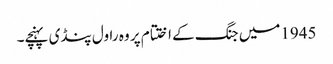
1945میں جنگ کے اختتام پر وہ راول پنڈی پہنچے۔